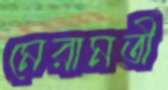
মেরামতী